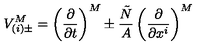
V _ { ( i ) \pm } ^ { M } = \left( \frac { \partial } { \partial t } \right) ^ { M } \pm \frac { \tilde { N } } { A } \left( \frac { \partial } { \partial x ^ { i } } \right) ^ { M }